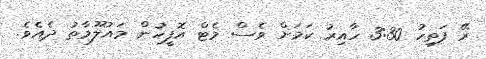
ރޭ ފަތިހު 3:30 ހާއިރު ކަމަށް ވެސް މެޓް އޮފީހުން މައުލޫމާތު ދެއެވެ.